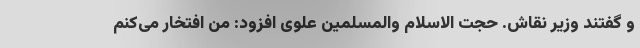
و گفتند وزیر نقاش. حجت الاسلام والمسلمین علوی افزود: من افتخار می‌کنم